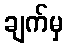
ချက်မှ